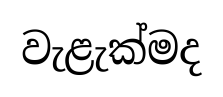
වැළැක්මද